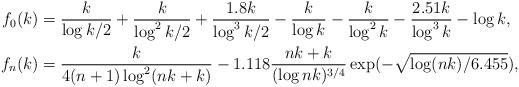
LaTeX: \begin{align*}f_{0}(k) &= \frac{k}{\log k/2} + \frac{k}{\log^{2} k/2} + \frac{1.8 k}{\log^{3} k/2} - \frac{k}{\log k} - \frac{k}{\log^{2}k} - \frac{2.51 k}{\log^{3} k} - \log k,\\f_{n}(k) &= \frac{k}{4(n+1)\log^{2}(nk +k)} - 1.118 \frac{nk +k}{(\log nk)^{3/4}} \exp( - \sqrt{\log(nk)/6.455}),\end{align*}